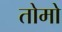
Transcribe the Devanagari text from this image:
तोमो